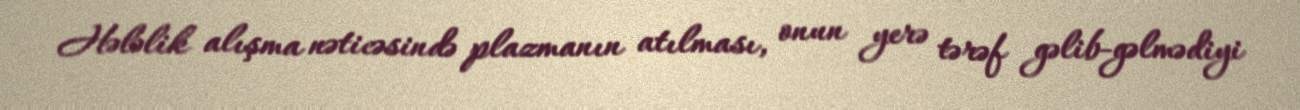
Hələlik alışma nəticəsində plazmanın atılması, onun yerə tərəf gəlib-gəlmədiyi